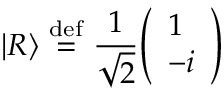
| R \rangle \ { \stackrel { \mathrm { d e f } } { = } } \ { \frac { 1 } { \sqrt { 2 } } } { \left( \begin{array} { l } { 1 } \\ { - i } \end{array} \right) }